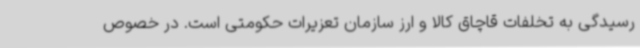
رسیدگی به تخلفات قاچاق کالا و ارز سازمان تعزیرات حکومتی است. در خصوص